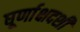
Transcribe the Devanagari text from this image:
घूर्णाक्षदर्शी